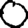
Digit: 0